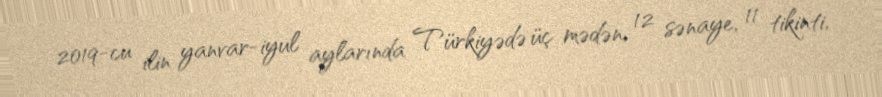
2019-cu ilin yanvar-iyul aylarında Türkiyədə üç mədən, 12 sənaye, 11 tikinti,